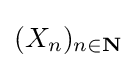
(X_{n})_{n\in \mathbf {N} }